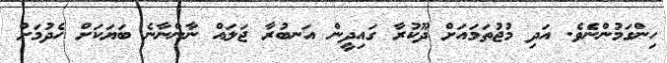
ހިންގަމުންނެވެ. އަދި މުޖުތަމައަށް ދޫކުރާ ގައިދީން އަނބުރާ ޖަލައް ނާންނާނެ ބަޔަކަށް ހެދުމަށް